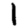
Digit: 1